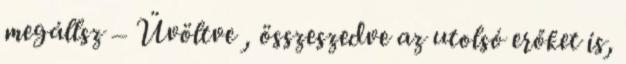
megállsz – Üvöltve , összeszedve az utolsó erőket is,